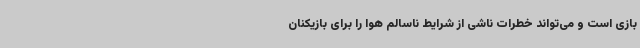
بازی است و می‌تواند خطرات ناشی از شرایط ناسالم هوا را برای بازیکنان